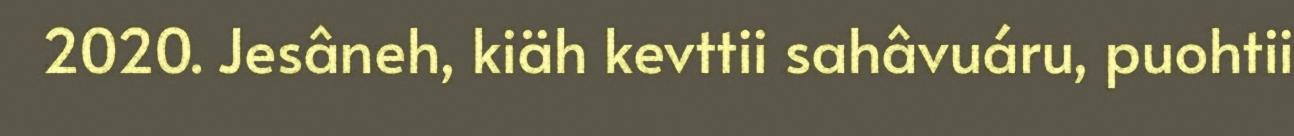
2020. Jesâneh, kiäh kevttii sahâvuáru, puohtii